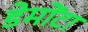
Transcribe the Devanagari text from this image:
डेमोंटा